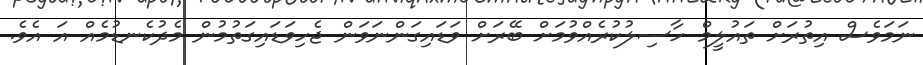
ނަމަވެސް އިތުރަށް ތައުލީމް ހާސިލުކުރެއްވުމަށް ބޭރަށް ވަޑައިގަންނަވަން ޖެހިވަޑައިގަތުމުން މެދުކެނޑުމެއް އަ އެވެ.